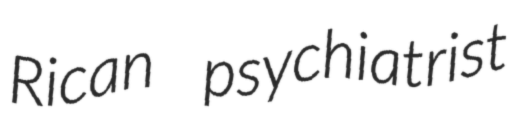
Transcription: Rican psychiatrist